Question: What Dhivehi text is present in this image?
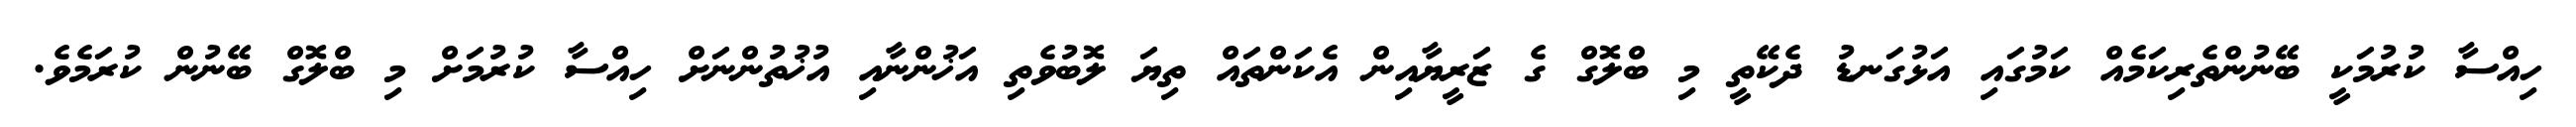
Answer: ހިއްސާ ކުރުމަކީ ބޭނުންތެރިކަމެއް ކަމުގައި އަޅުގަނޑު ދެކޭތީ މި ބްލޮގް ގެ ޒަރީޔާއިން އެކަންތައް ތިޔަ ލޮބުވެތި އަޚުންނާއި އުޚުތުންނަށް ހިއްސާ ކުރުމަށް މި ބްލޮގް ބޭނުން ކުރަމެވެ.